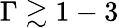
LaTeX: \Gamma\gtrsim 1-3